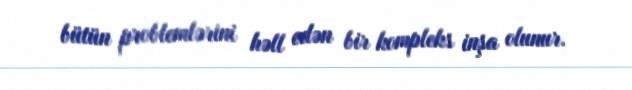
bütün problemlərini həll edən bir kompleks inşa olunur.